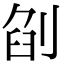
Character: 𠜼